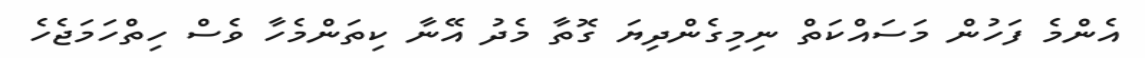
އެންމެ ފަހުން މަސައްކަތް ނިމިގެންދިޔަ ގޮތާ މެދު އޭނާ ކިތަންމެހާ ވެސް ހިތްހަމަޖެހެ